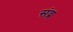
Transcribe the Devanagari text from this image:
संद्र